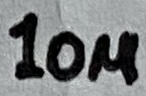
Text: 10µ